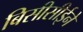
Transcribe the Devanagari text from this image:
बिसीसीईने